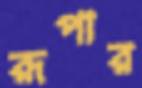
রূপার